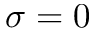
\sigma = 0